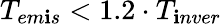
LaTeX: {T_{em\mathbf{i}s}}<1.2\cdot{T_{\mathbf{i}nver}}